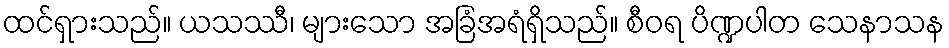
ထင်ရှားသည်။ ယသဿီ၊ များသော အခြံအရံရှိသည်။ စီဝရ ပိဏ္ဍပါတ သေနာသန